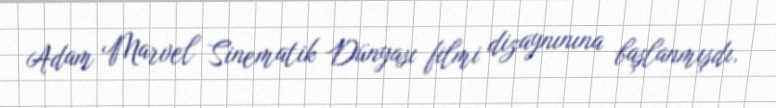
Adam Marvel Sinematik Dünyası filmi dizaynınına başlanmışdı.